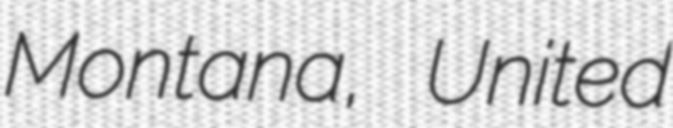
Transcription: Montana, United